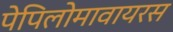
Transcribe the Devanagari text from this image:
पेपिलोमावायरस